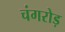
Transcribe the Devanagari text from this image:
चंगरोड़